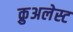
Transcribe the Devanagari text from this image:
क्रुअलेस्ट